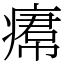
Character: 𤸷